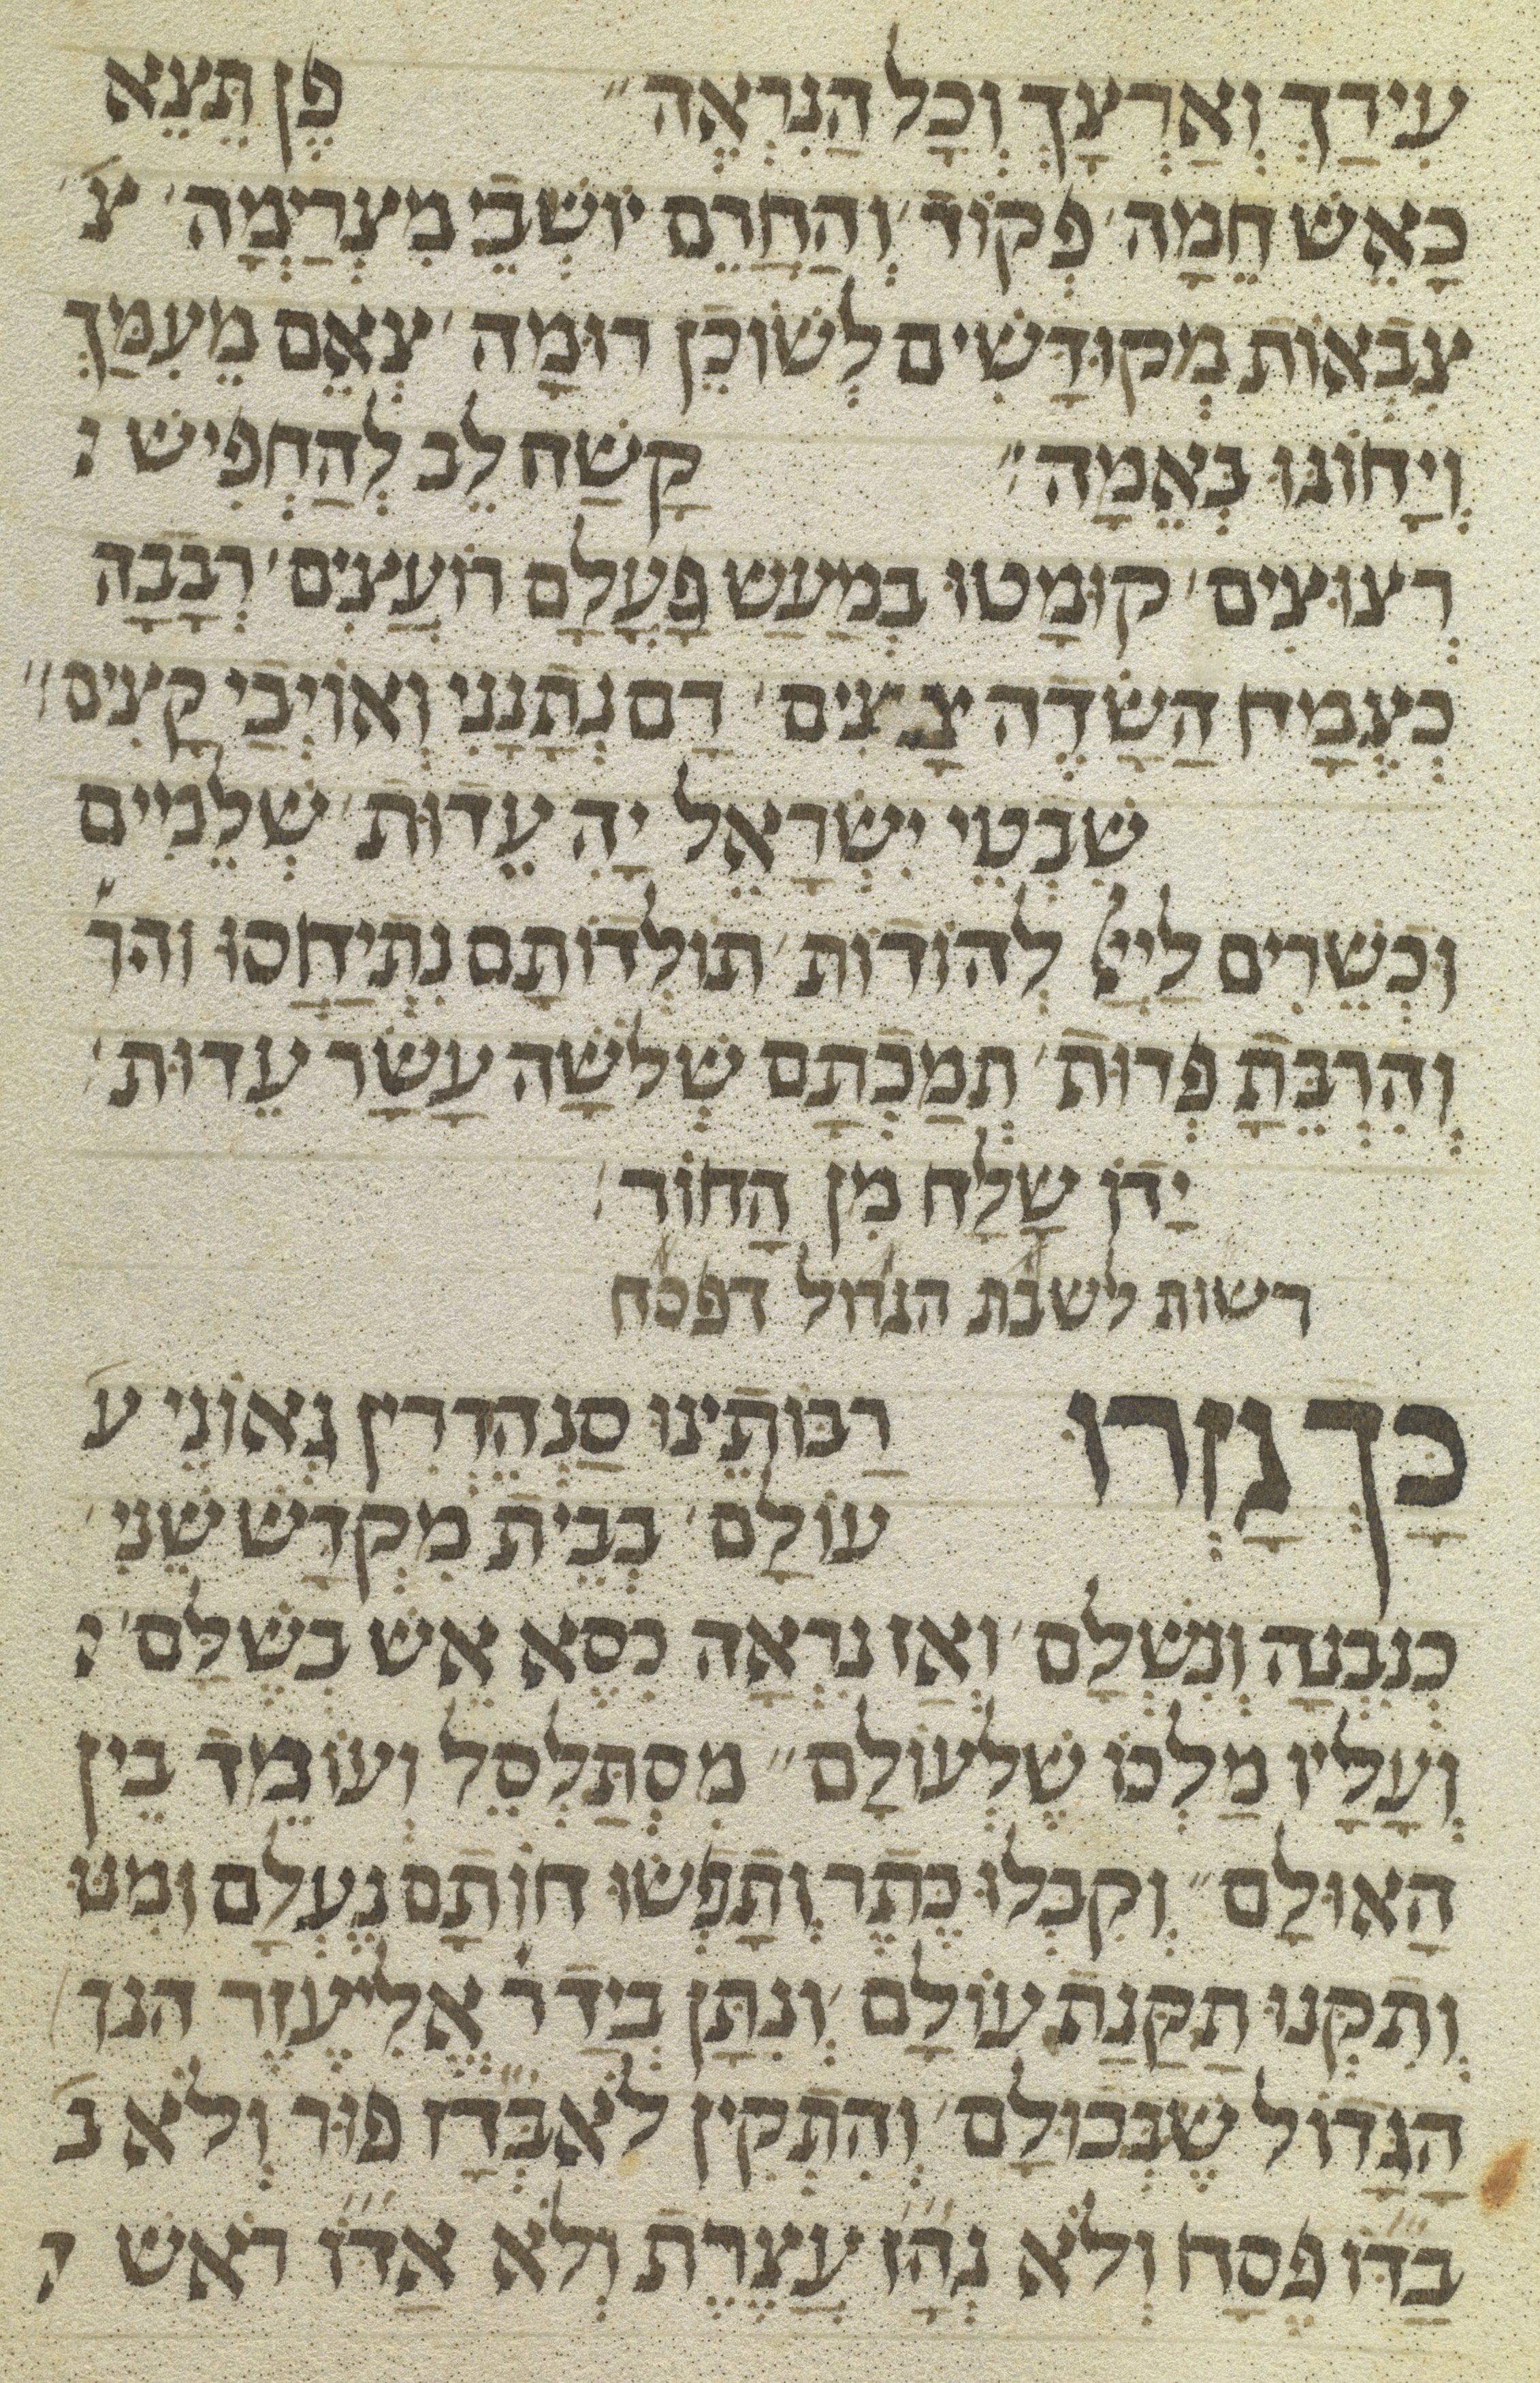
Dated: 1300–1399